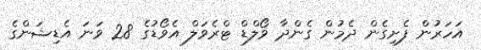
އަހަރުން ފެށިގެން ދެމުން ގެންދާ ވޯލްޑް ޓްރެވަލް އެވޯޑުގެ 28 ވަނަ އެޑިޝަންގެ